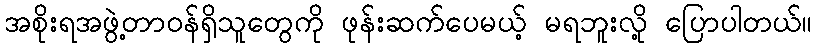
အစိုးရအဖွဲ့တာဝန်ရှိသူတွေကို ဖုန်းဆက်ပေမယ့် မရဘူးလို့ ပြောပါတယ်။